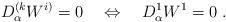
LaTeX: \begin{align*} D^{(k}_\alpha W^{i)}=0 \quad \Leftrightarrow \quad D^1_\alpha W^1 = 0\;.\end{align*}